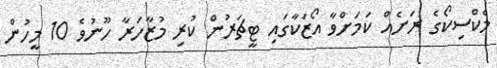
މެކްސިކޯގެ ރަށެއް ކަމަށްވާ އޯޒަކާގައި ޓީޗަރުން ކުރި މުޒާހަރާ ހޫނުވެ 10 މީހުން